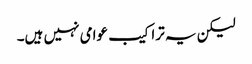
لیکن یہ تراکیب عوامی نہیں ہیں۔